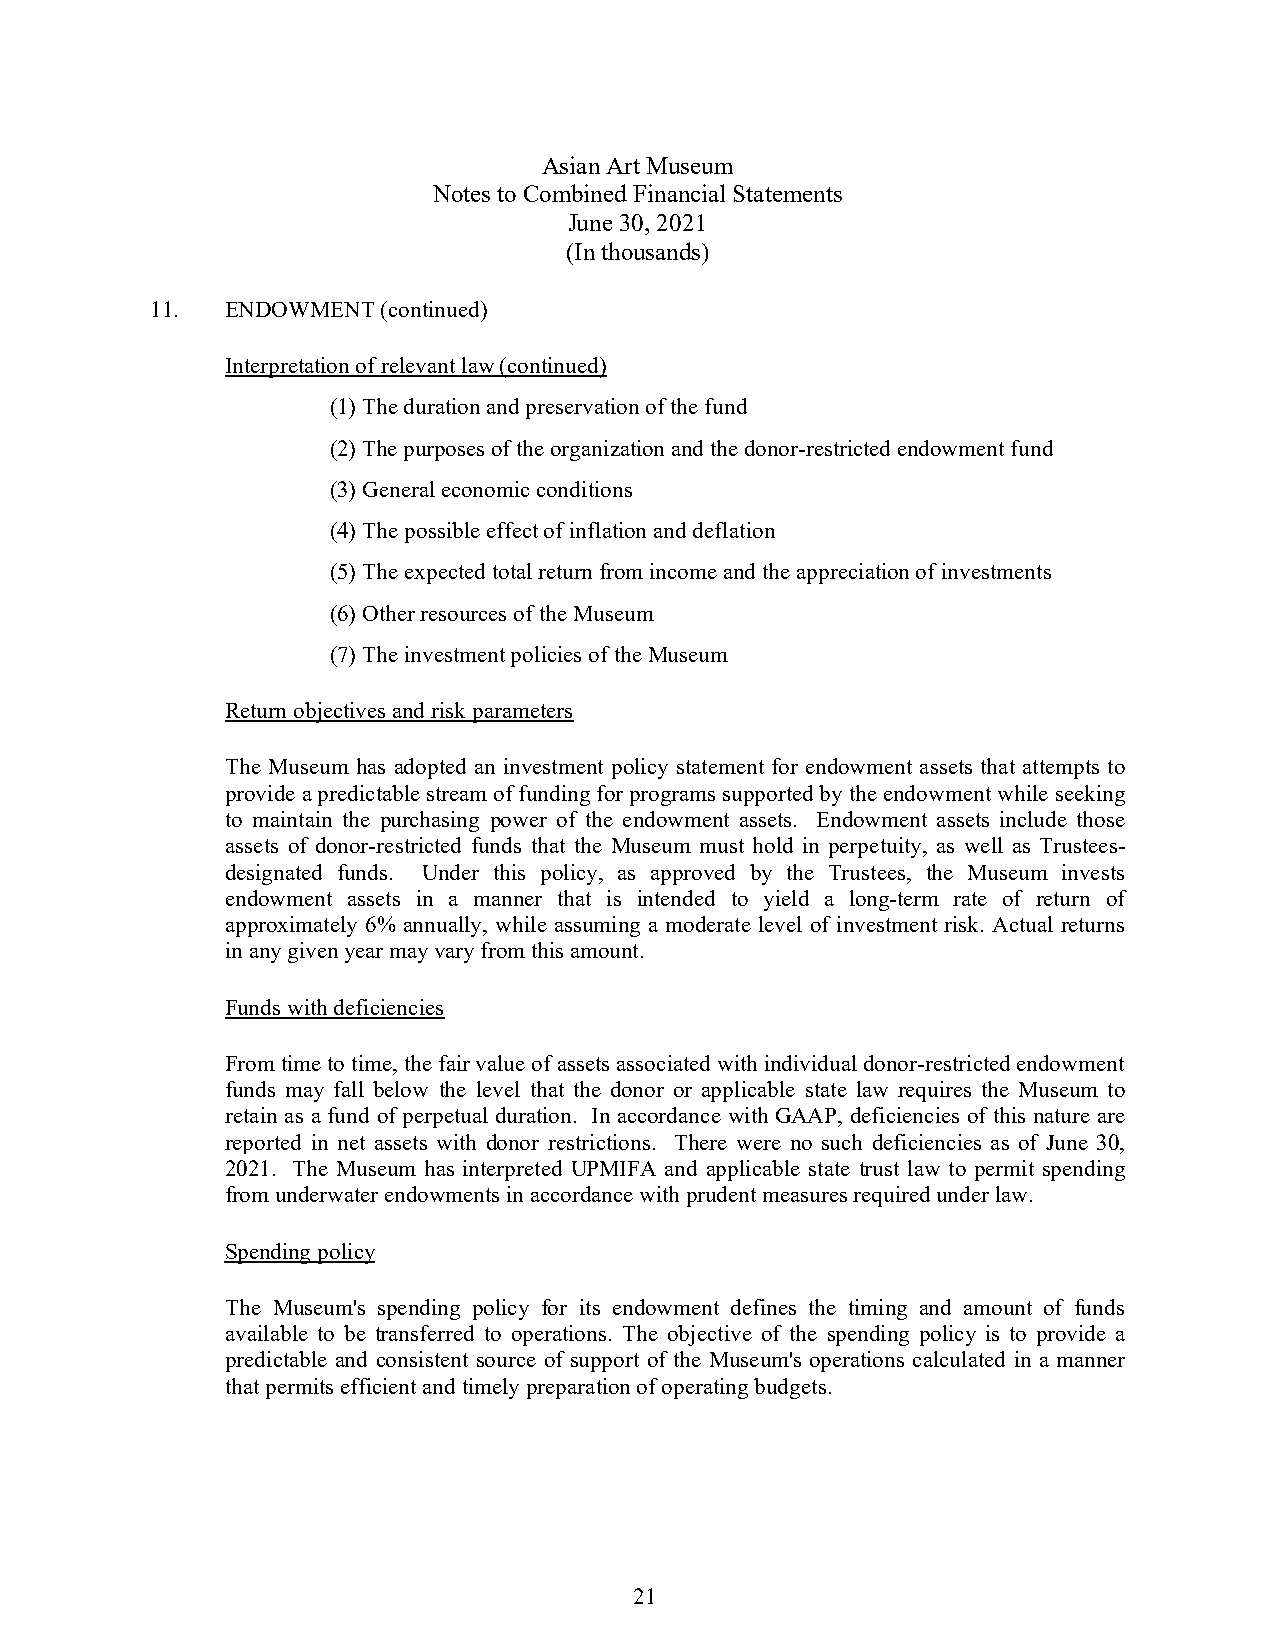
Asian Art Museum
 Notes to Combined Financial Statements
 June 30, 2021
 (In thousands)
 11.  ENDOWMENT (continued)
 Interpretation of relevant law (continued)
 (1) The duration and preservation of the fund
 (2) The purposes of the organization and the donor-restricted endowment fund
 (3) General economic conditions
 (4) The possible effect of inflation and deflation
 (5) The expected total return from income and the appreciation of investments
 (6) Other resources of the Museum
 (7) The investment policies of the Museum
 Return objectives and risk parameters
 The Museum has adopted an investment policy statement for endowment assets that attempts to
 provide a predictable stream of funding for programs supported by the endowment while seeking
 to maintain the purchasing power of the endowment assets. Endowment assets include those
 assets of donor-restricted funds that the Museum must hold in perpetuity, as well as Trustees-
 designated funds. Under this policy, as approved by the Trustees, the Museum invests
 endowment assets in a manner that is intended to yield a long-term rate of return of
 approximately 6% annually, while assuming a moderate level of investment risk. Actual returns
 in any given year may vary from this amount.
 Funds with deficiencies
 From time to time, the fair value of assets associated with individual donor-restricted endowment
 funds may fall below the level that the donor or applicable state law requires the Museum to
 retain as a fund of perpetual duration. In accordance with GAAP, deficiencies of this nature are
 reported in net assets with donor restrictions. There were no such deficiencies as of June 30,
 2021. The Museum has interpreted UPMIFA and applicable state trust law to permit spending
 from underwater endowments in accordance with prudent measures required under law.
 Spending policy
 The Museum's spending policy for its endowment defines the timing and amount of funds
 available to be transferred to operations. The objective of the spending policy is to provide a
 predictable and consistent source of support of the Museum's operations calculated in a manner
 that permits efficient and timely preparation of operating budgets.
 21